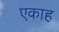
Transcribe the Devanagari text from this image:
एकाह